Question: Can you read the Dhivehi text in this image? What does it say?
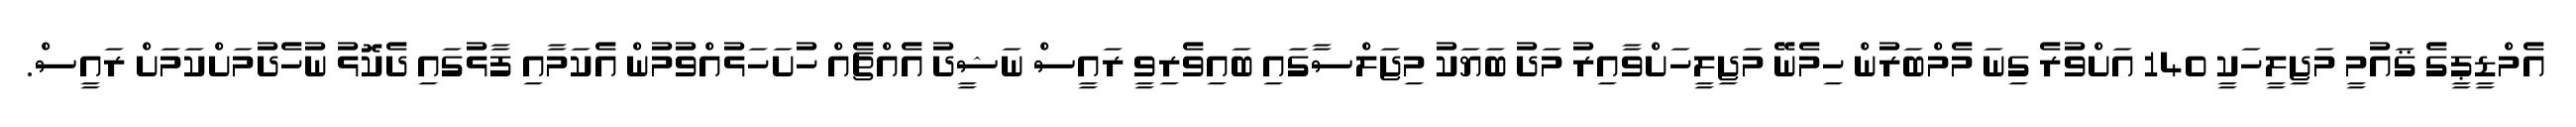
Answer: އެމްޑީޕީގެ ޤައުމީ މަޖިލީހަކީ 140 އަށްވުރެ ގިނަ މެމްބަރުން ހިމެނޭ މަޖިލީހަށްވާއިރު މަދު ބަޔަކު މިޖަލްސާގައި ބައިވެރިވީ ރައީސް ނަޝީދު އެއްޗެއް ހުށަހަޅުއްވުމުން އެކަމާއި ފާޅުގައި ދެކޮޅު ނުހެދުމަށްކަމަށް ރައީސް.